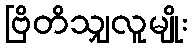
ဗြိတိသျှလူမျိုး